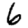
Digit: 6